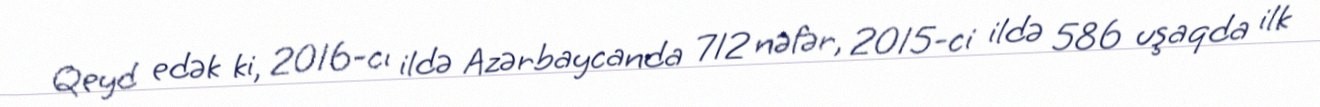
Qeyd edək ki, 2016-cı ildə Azərbaycanda 712 nəfər, 2015-ci ildə 586 uşaqda ilk